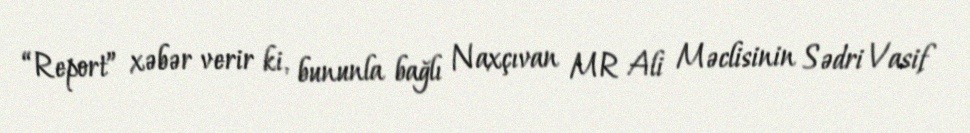
“Report” xəbər verir ki, bununla bağlı Naxçıvan MR Ali Məclisinin Sədri Vasif